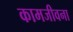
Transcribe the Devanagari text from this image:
कामजीवना